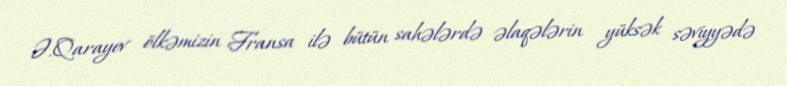
Ə.Qarayev ölkəmizin Fransa ilə bütün sahələrdə əlaqələrin yüksək səviyyədə